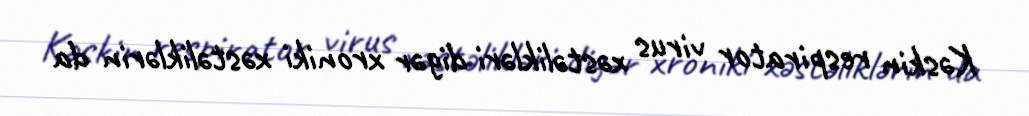
Kəskin respirator virus xəstəlikləri digər xroniki xəstəliklərin da